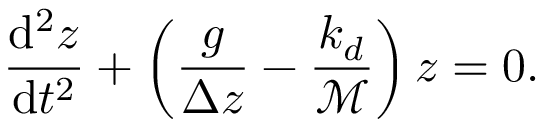
\frac { \mathrm { d } ^ { 2 } z } { \mathrm { d } t ^ { 2 } } + \left( \frac { g } { \Delta z } - \frac { k _ { d } } { \mathcal { M } } \right) z = 0 .